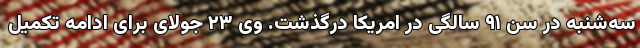
سه‌شنبه در سن ۹۱ سالگی در امریکا درگذشت. وی ۲۳ جولای برای ادامه تکمیل